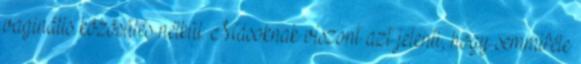
vaginális közösülés nélkül. Másoknak viszont azt jelenti, hogy semmiféle